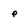
Character: e